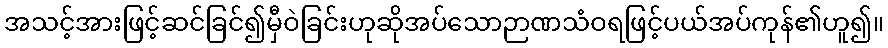
အသင့်အားဖြင့်ဆင်ခြင်၍မှီဝဲခြင်းဟုဆိုအပ်သောဉာဏသံဝရဖြင့်ပယ်အပ်ကုန်၏ဟူ၍။